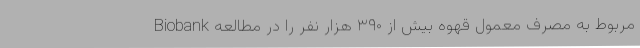
مربوط به مصرف معمول قهوه بیش از ۳۹۰ هزار نفر را در مطالعه Biobank